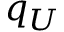
q _ { U }